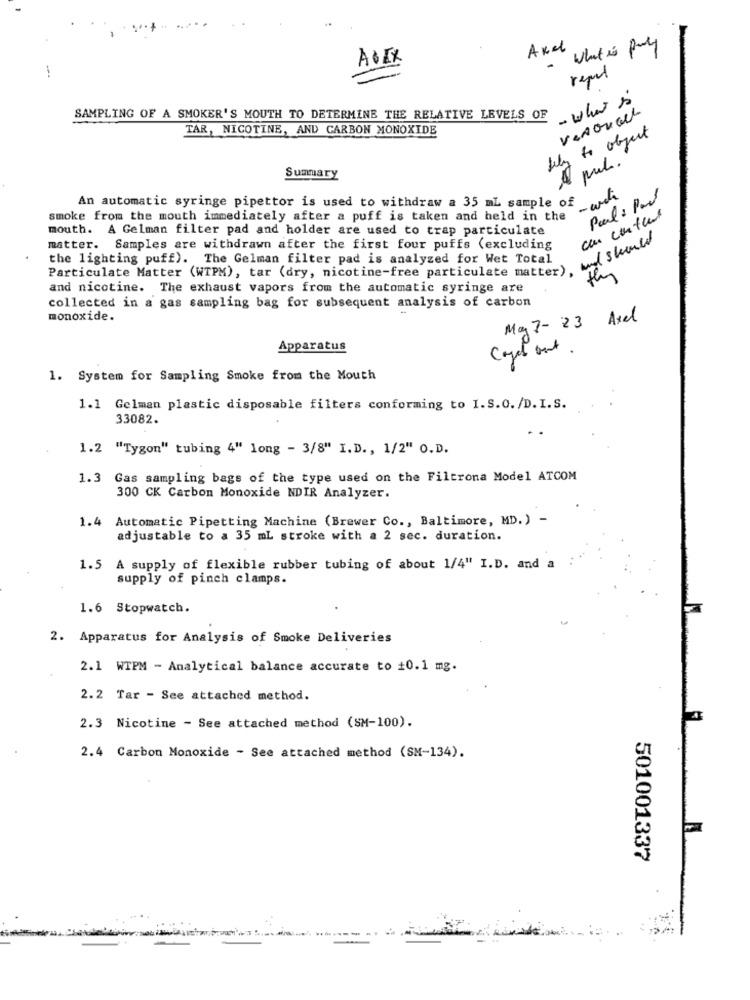
Axel
What is fuly
ALEX
reput
- what is
SAMPLING OF A SMOKER'S MOUTH TO DETERMINE THE RELATIVE LEVELS OF
TAR, NICOTINE, AND CARBON MONOXIDE
Kely to object
A pul.
Summary
- and
Poul : Paul
An automatic syringe pipettor is used to withdraw a 35 mL sample of
con content
smoke from the mouth immediately after a puff is taken and held in the
mouth. A Gelman filter pad and holder are used to trap particulate
and should
matter. Samples are withdrawn after the first four puffs (excluding
the lighting puff). The Gelman filter pad is analyzed for Wet Total
Particulate Matter (WTPM), tar (dry, nicotine-free particulate matter),
3
and nicotine. The exhaust vapors from the automatic syringe are
collected in a gas sampling bag for subsequent analysis of carbon
monoxide.
My 7- 23 Axel
Apparatus
1. System for Sampling Smoke from the Mouth
1.1 Gelman plastic disposable filters conforming to I.S.O./D. I.S.
33082.
1.2 "Tygon" tubing 4" long - 3/8" I.D ., 1/2" O.D.
1.3 Gas sampling bags of the type used on the Filtrona Model ATCOM
300 CK Carbon Monoxide NDIR Analyzer.
1.4 Automatic Pipetting Machine (Brewer Co ., Baltimore, MD.) -
adjustable to a 35 mL stroke with a 2 sec. duration.
1.5
A supply of flexible rubber tubing of about 1/4" I.D. and a
supply of pinch clamps.
1.6 Stopwatch.
2. Apparatus for Analysis of Smoke Deliveries
2.1 WTPM - Analytical balance accurate to +0.1 mg.
2.2 Tar - See attached method.
2.3 Nicotine - See attached method (SM-100).
2.4 Carbon Monoxide - See attached method (SM-134).
501001337